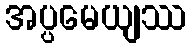
အပ္ပမေယျဿ